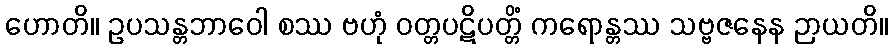
ဟောတိ။ ဥပသန္တဘာဝေါ စဿ ဗဟုံ ဝတ္တပဋိပတ္တိံ ကရောန္တဿ သဗ္ဗဇနေန ဉာယတိ။